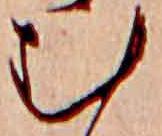
む